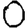
Digit: 0